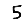
Digit: 5